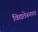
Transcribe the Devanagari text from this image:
विद्यतेस्नाय